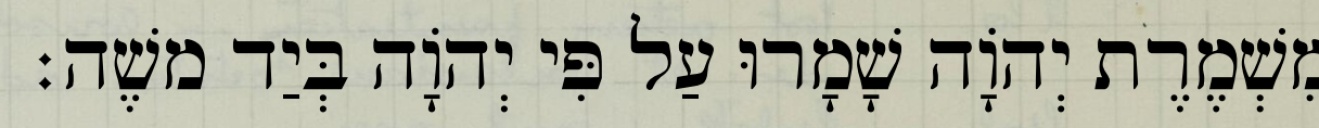
מִשְׁמֶרֶת יְהוָֹה שָׁמָרוּ עַל פִּי יְהוָֹה בְּיַד משֶׁה׃